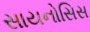
સાયનોસિસ